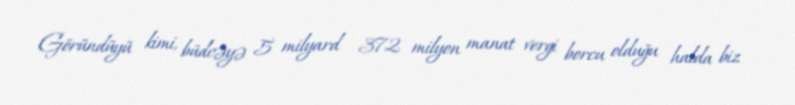
Göründüyü kimi, büdcəyə 5 milyard 372 milyon manat vergi borcu olduğu halda biz